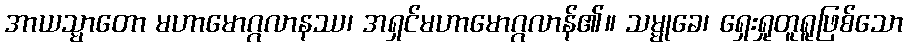
အာယသ္မာတော မဟာမောဂ္ဂလာနဿ၊ အရှင်မဟာမောဂ္ဂလာန်၏။ သမ္မုခေ၊ ရှေးရှုတူရူဖြစ်သော